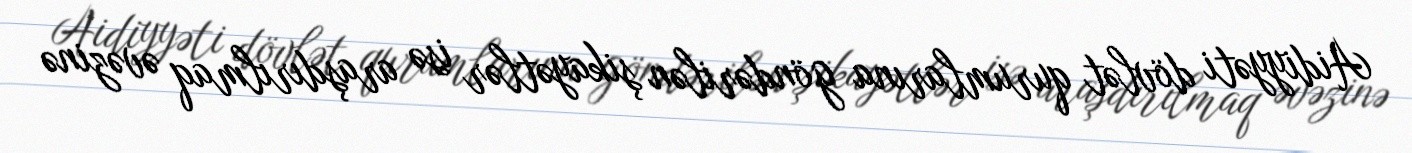
Aidiyyəti dövlət qurumlarına göndərilən şikayətlər isə araşdırılmaq əvəzinə